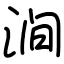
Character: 涧